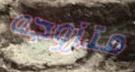
متزوجه